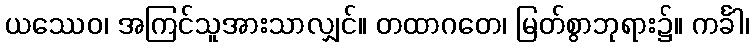
ယဿေဝ၊ အကြင်သူအားသာလျှင်။ တထာဂတေ၊ မြတ်စွာဘုရား၌။ ကင်္ခါ၊